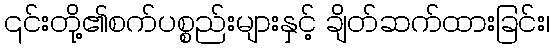
၎င်းတို့၏စက်ပစ္စည်းများနှင့် ချိတ်ဆက်ထားခြင်း၊